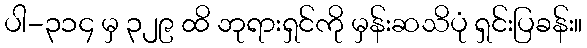
ပါ-၃၁၄ မှ ၃၂၉ ထိ ဘုရားရှင်ကို မှန်းဆသိပုံ ရှင်းပြခန်း။